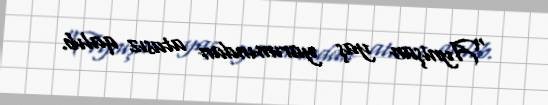
“Aynişan yaş yarımından atasız qalıb.